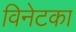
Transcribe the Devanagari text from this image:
विनेटका